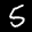
Label: 5